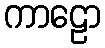
ကာဠော